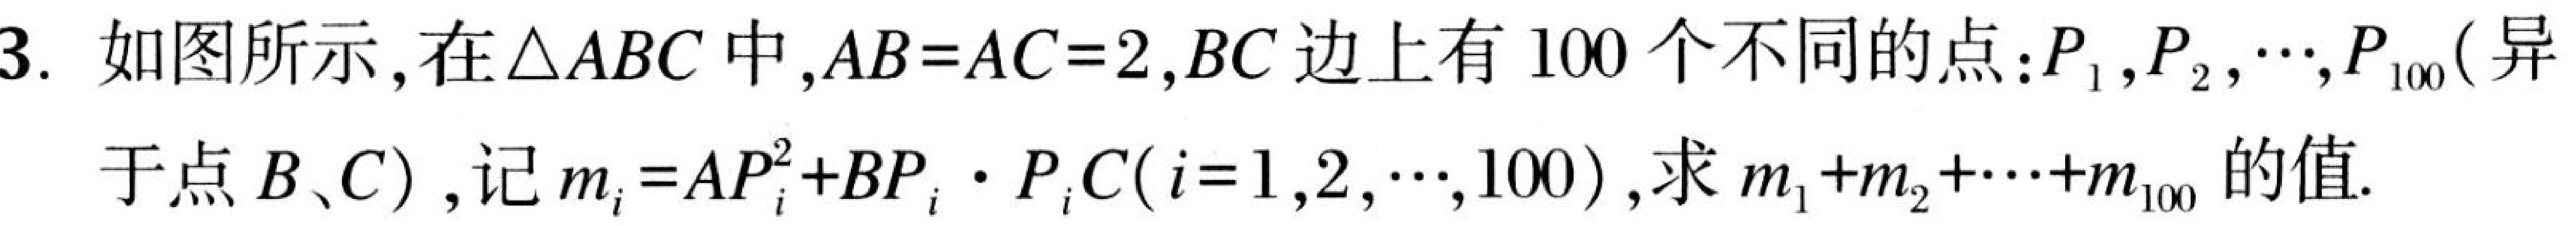
3. 如图所示,在\(\triangle ABC\) 中,\(AB = AC = 2\),\(BC\) 边上有 \(100\) 个不同的点：\(P_{1},P_{2},\cdots,P_{100}\)(异
于点 \(B\)、\(C\)) , 记 \(m_{i}=AP_{i}^{2}+BP_{i}\cdot P_{i}C(i = 1,2,\cdots,100)\),求 \(m_{1}+m_{2}+\cdots +m_{100}\) 的值.